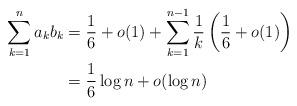
LaTeX: \begin{align*}\sum_{k=1}^n a_k b_k &= \frac{1}{6} + o (1) + \sum_{k=1}^{n-1} \frac{1}{k} \left(\frac{1}{6} + o(1) \right) \\&= \frac{1}{6} \log n + o(\log n)\end{align*}